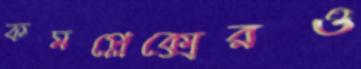
কমপ্লেক্সেরও